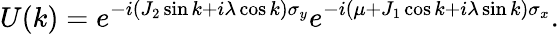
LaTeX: U(k)=e^{-i(J_{2}\sin k+i\lambda\cos k)\sigma_{y}}e^{-i(\mu+J_{1}\cos k+i\lambda\sin k)\sigma_{x}}.